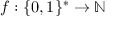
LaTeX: f : \{ 0 , 1 \} ^ { * } \to \mathbb { N }